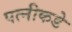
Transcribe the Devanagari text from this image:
पत्‍नीकडे